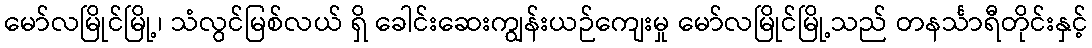
မော်လမြိုင်မြို့၊ သံလွင်မြစ်လယ် ရှိ ခေါင်းဆေးကျွန်းယဉ်ကျေးမှု မော်လမြိုင်မြို့သည် တနင်္သာရီတိုင်းနှင့်